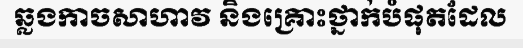
ឆ្លងកាចសាហាវ និងគ្រោះថ្នាក់បំផុតដែល